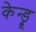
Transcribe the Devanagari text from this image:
केन्ड्रू